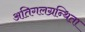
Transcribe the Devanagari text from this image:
अतिगलग्रन्थिता